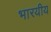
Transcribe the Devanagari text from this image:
भारयीय